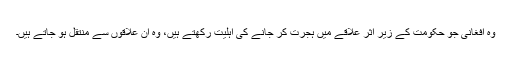
وہ افغانی جو حکومت کے زیر اثر علاقے میں ہجرت کر جانے کی اہلیت رکھتے ہیں، وہ ان علاقوں سے منتقل ہو جاتے ہیں۔